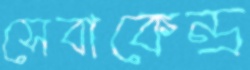
সেবাকেন্দ্র